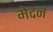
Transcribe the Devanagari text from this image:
मेदन